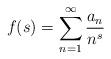
LaTeX: \begin{gather*}f(s)=\sum_{n=1}^\infty\frac{a_n}{n^s}\end{gather*}